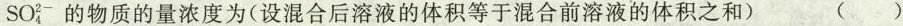
SO_{4}^{2-}的物质的量浓度为(设混合后溶液的体积等于混合前溶液的体积之和)()